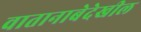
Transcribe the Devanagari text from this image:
वातानाबेदेखील